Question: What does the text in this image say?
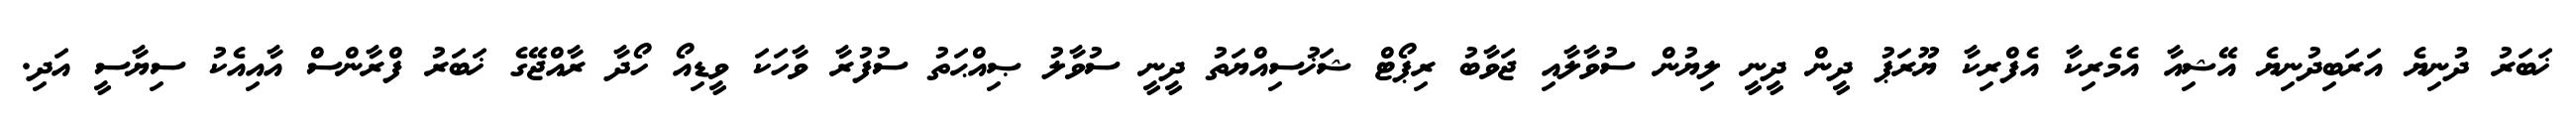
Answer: ޚަބަރު ދުނިޔެ އަރަބިދުނިޔެ އޭޝިއާ އެމެރިކާ އެފްރިކާ ޔޫރަޕު ދީން ދީނީ ލިޔުން ސުވާލާއި ޖަވާބު ރިޕޯޓް ޝަޚުސިއްޔަތު ދީނީ ސުވާލު ޞިއްޙަތު ސުފުރާ ވާހަކަ ވީޑިއޯ ހޯދާ ރާއްޖޭގެ ޚަބަރު ފްރާންސް އާއިއެކު ސިޔާސީ އަދި.